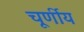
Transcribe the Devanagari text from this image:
चूर्णीय